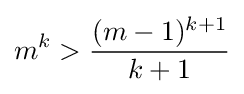
m^{k}>{\frac {(m-1)^{k+1}}{k+1}}